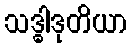
သဒ္ဓါဒုတိယာ